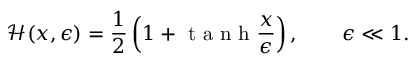
\mathcal { H } ( x , \epsilon ) = \frac { 1 } { 2 } \left( 1 + \mathrm { ~ t ~ a ~ n ~ h ~ } \frac { x } { \epsilon } \right) , ~ ~ ~ ~ ~ ~ \epsilon \ll 1 .